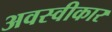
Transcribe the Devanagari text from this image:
अवस्वीकार